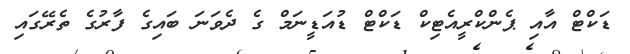
ޑަކްޓް އާއި ޕެންކްރީއެޓިކް ޑަކްޓް ޑުއަޑީނަމް ގެ ދެވަނަ ބައިގެ ފާރުގެ ތެރޭގައި